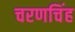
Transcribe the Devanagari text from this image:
चरणचिंह